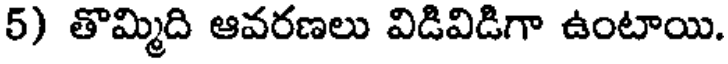
5) తొమ్మిది ఆవరణలు విడివిడిగా ఉంటాయి.